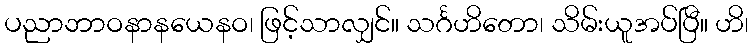
ပညာဘာဝနာနယေနဝ၊ ဖြင့်သာလျှင်။ သင်္ဂဟိတော၊ သိမ်းယူအပ်ပြီ။ ဟိ၊